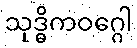
သုဒ္ဓိကဝဂ္ဂေါ